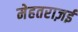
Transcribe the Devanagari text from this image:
मेहतराज़ई